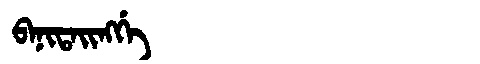
Manchu: ᠪᠠᠨᡳᡨᠠᡳᠩᡤᡝ
Romanization: BANITAINGGE